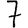
Digit: 7